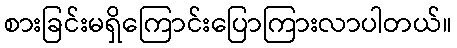
စားခြင်းမရှိကြောင်းပြောကြားလာပါတယ်။